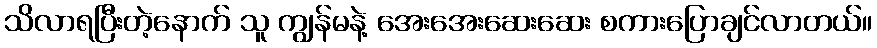
သိလာရပြီးတဲ့နောက် သူ ကျွန်မနဲ့ အေးအေးဆေးဆေး စကားပြောချင်လာတယ်။